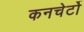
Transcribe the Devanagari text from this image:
कनचेर्टो